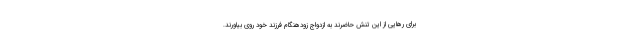
برای رهایی از این تنش حاضرند به ازدواج زودهنگام فرزند خود روی بیاورند.